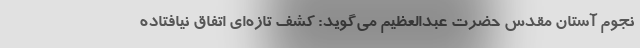
نجوم آستان مقدس حضرت عبدالعظیم می‌گوید: کشف تازه‌ای اتفاق نیافتاده